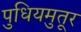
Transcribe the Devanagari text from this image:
पुधियमुतूर